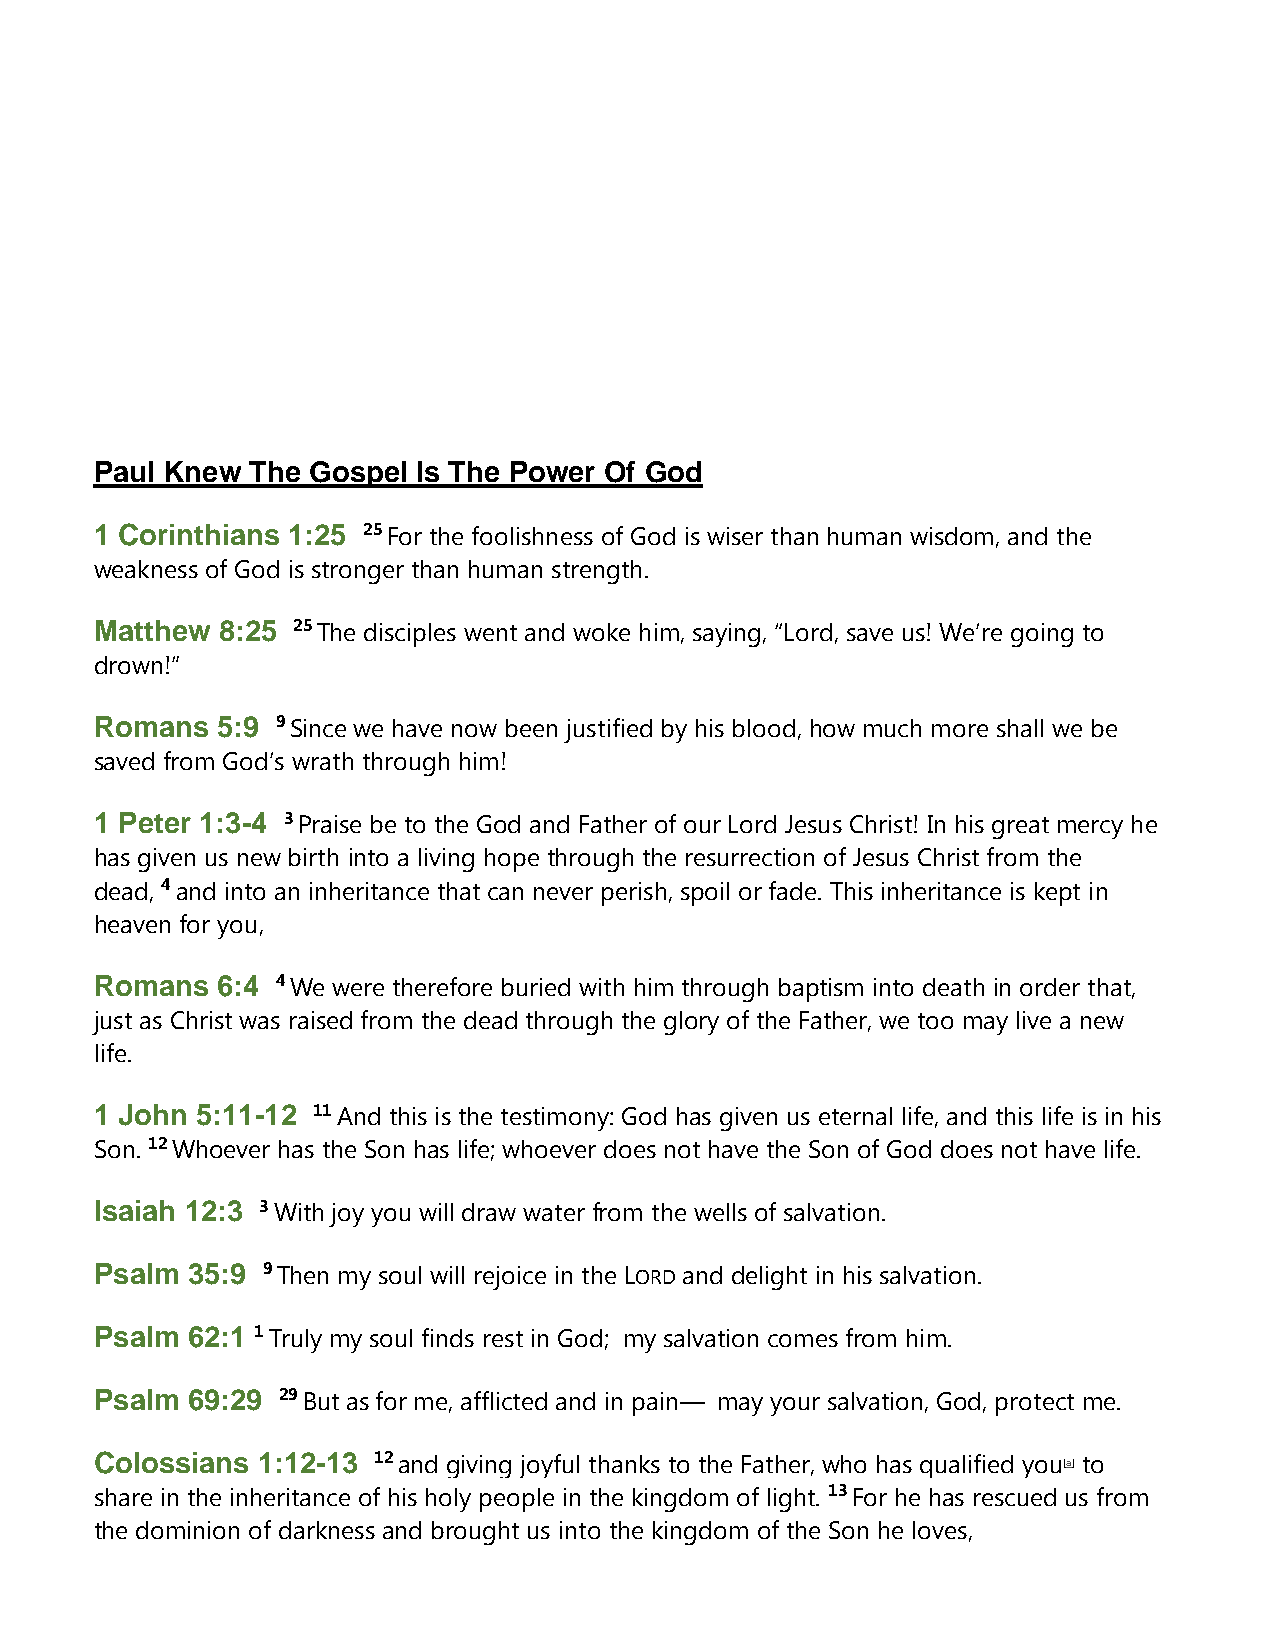
Paul Knew  The Gospel Is The Power Of God
 1 Corinthians 1:25 25 For the foolishness of God is wiser than human wisdom, and the
 weakness of God is stronger than human strength.
 Matthew 8:25 25 The disciples went and woke him, saying, “Lord, save us! We’re going to
 drown!”
 Romans  5:9 9 Since we have now been justified by his blood, how much more shall we be
 saved from God’s wrath through him!
 1 Peter 1:3-4 3 Praise be to the God and Father of our Lord Jesus Christ! In his great mercy he
 has given us new birth into a living hope through the resurrection of Jesus Christ from the
 dead, 4 and into an inheritance that can never perish, spoil or fade. This inheritance is kept in
 heaven for you,
 Romans  6:4 4 We were therefore buried with him through baptism into death in order that,
 just as Christ was raised from the dead through the glory of the Father, we too may live a new
 life.
 1 John 5:11-12 11 And this is the testimony: God has given us eternal life, and this life is in his
 Son. 12 Whoever has the Son has life; whoever does not have the Son of God does not have life.
 Isaiah 12:3 3 With joy you will draw water from the wells of salvation.
 Psalm 35:9 9 Then my soul will rejoice in the LORDand delight in his salvation.
 Psalm 62:1 1 Truly my soul finds rest in God; my salvation comes from him.
 Psalm 69:29 29 But as for me, afflicted and in pain— may your salvation, God, protect me.
 Colossians 1:12-13 12 and giving joyful thanks to the Father, who has qualified you[a] to
 share in the inheritance of his holy people in the kingdom of light. 13 For he has rescued us from
 the dominion of darkness and brought us into the kingdom of the Son he loves,